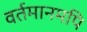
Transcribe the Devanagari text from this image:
वर्तमानमपि